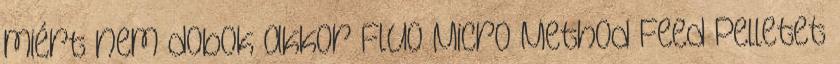
miért nem dobok akkor Fluo Micro Method Feed Pelletet